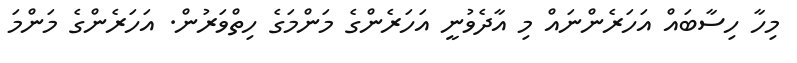
މިހާ ހިސާބައް އަހަރެންނައް މި އާދެވުނީ އަހަރެންގެ މަންމަގެ ހިތްވަރުން. އަހަރެންގެ މަންމަ